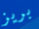
بريز